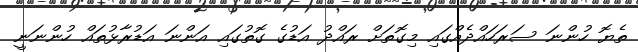
ތެޔޮ ހުންނަ ސަރަހައްދެއްގައި މިގޮތަށް ރައްދު އަޑުގެ ގޮތުގައި އަންނަ އަޑުރާޅުތައް ހުންނަނީ